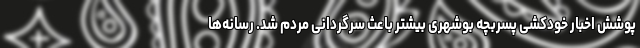
پوشش اخبار خودکشی پسربچه بوشهری بیشتر باعث سرگردانی مردم شد. رسانه‌ها